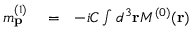
\begin{array} { r l r } { m _ { \mathbf { p } } ^ { ( 1 ) } } & { { } = } & { - i { \cal C } \int d ^ { 3 } \mathbf { r } { \cal M } ^ { ( 0 ) } ( \mathbf { r } ) } \end{array}